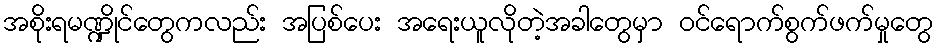
အစိုးရမဏ္ဍိုင်တွေကလည်း အပြစ်ပေး အရေးယူလိုတဲ့အခါတွေမှာ ဝင်ရောက်စွက်ဖက်မှုတွေ